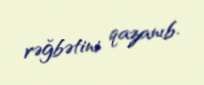
rəğbətini qazanıb.